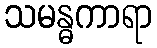
သမန္ဓကာရာ